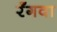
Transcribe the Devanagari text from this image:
रँगवा